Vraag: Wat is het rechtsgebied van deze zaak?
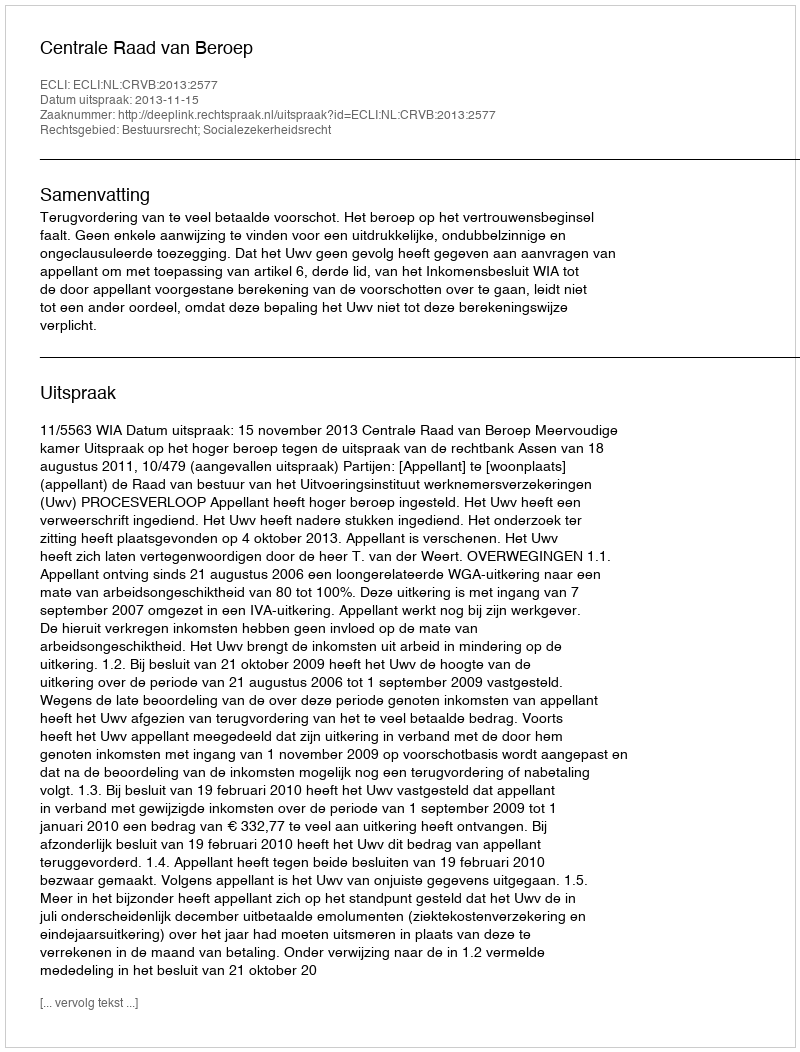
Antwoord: Bestuursrecht; Socialezekerheidsrecht